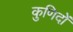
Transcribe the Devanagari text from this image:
कुणिदों